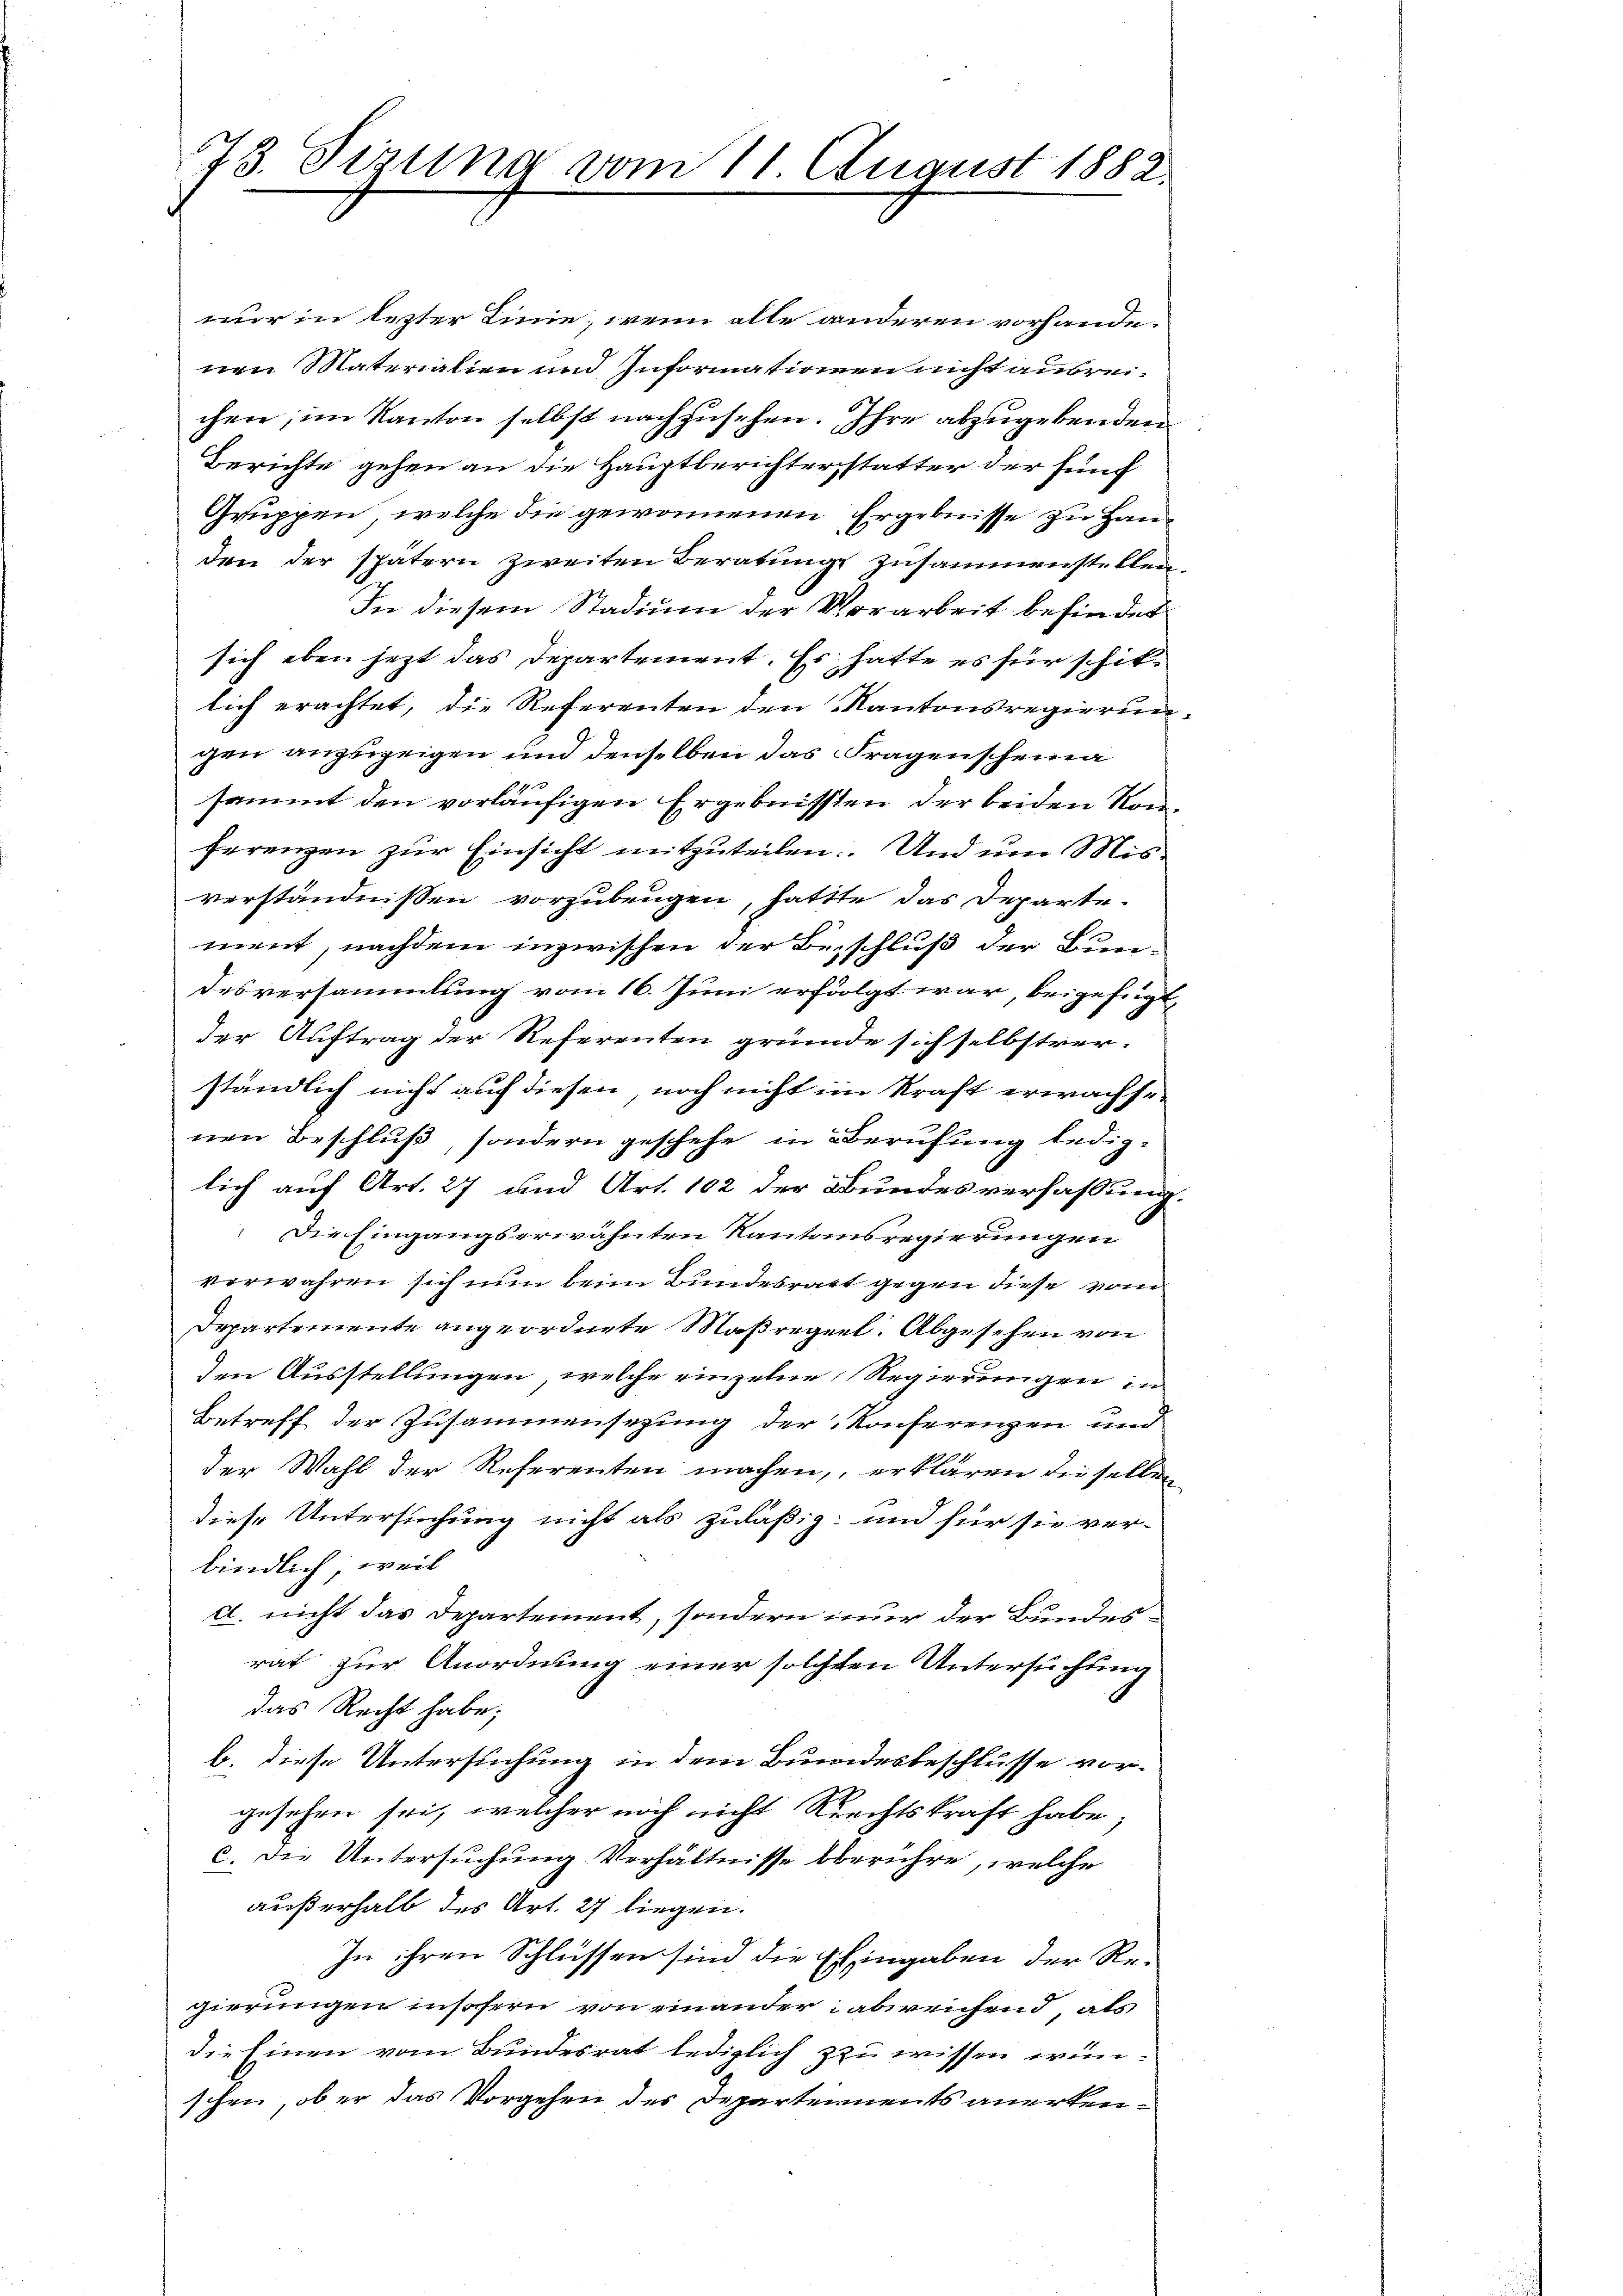
73. Sizung vom 11. August 1882.

nur in lezter Linie, wenn alle anderen vorhande.
nen Materialien und Informationen nicht ausreichen; im Kanton selbst nachzusehen. Ihre abzugebenden
Berichte gehen an die Hauptberichterstatter der fünf
Gruppen, welche die gewonnenen Ergebnisse zu Handen der spätern zweiten Beratung zusammenstellen.
In diesem Stadium der Vorarbeit befindet
sich eben jetzt das Departement. Es hatte es für schiklich erachtet, die Referenten den Kantonsregierungen anzuzeigen und denselben das Fragenscheina
sammt den vorläufigen Ergebnissen der beiden Konherenzen zur Einsicht mitzuteilen. Und um Misverständnissen vorzubeugen, hattte das Departe-
ment, nachdem inzwischen der Beschluß der Bun-
desversammlung vom 16. Juni erfolgt war, beigefügt
der Auftrag der Referenten gründe sich selbstver-
ständlich nicht auf diesen, noch nicht im Kraft erwachse
nen Beschluß, sondern geschehe in Berufung lediglich auf Art. 27 und Art. 102 der Bundesverfassung.
Die Eingangserwähnten Kantonsregierungen
verwahren sich nun beim Bundesratt gegen diese vom
Departemente angeordnete Maßregel. Abgesehen von
den Ausstellungen, welche einzelne Regierungen in
Betreff der Zusammensezung der Konferenzen und
der Wahl der Referenten machen, erklären die selben
diese Untersuchung nicht als zuläßig und für sie ver-
bindlich, weil
d. nicht das Departement, sondern nur der Bundes-
rat zur Anordnung einer solchen Untersuchung
das Recht habe;
b. diese Untersuchung in dem Bundesbeschlusse vorgesehen sei, welcher noch nicht Rechtskraft habe;
c. Die Untersuchung Verhältnisse berühre, welche
außerhalb des Art. 27 liegen.
In ihren Schlüssen sind die Eingaben der Re-
gierungen insofern von einander abreichend, als
die Einen vom Bundesrat lediglich zu wissen wünschen ober das Vorgehen des Departements anerken¬